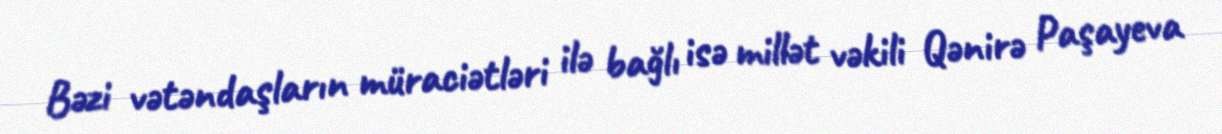
Bəzi vətəndaşların müraciətləri ilə bağlı isə millət vəkili Qənirə Paşayeva